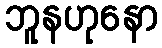
ဘူနဟုနော